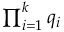
\textstyle \prod _ { i = 1 } ^ { k } q _ { i }